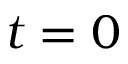
t = 0